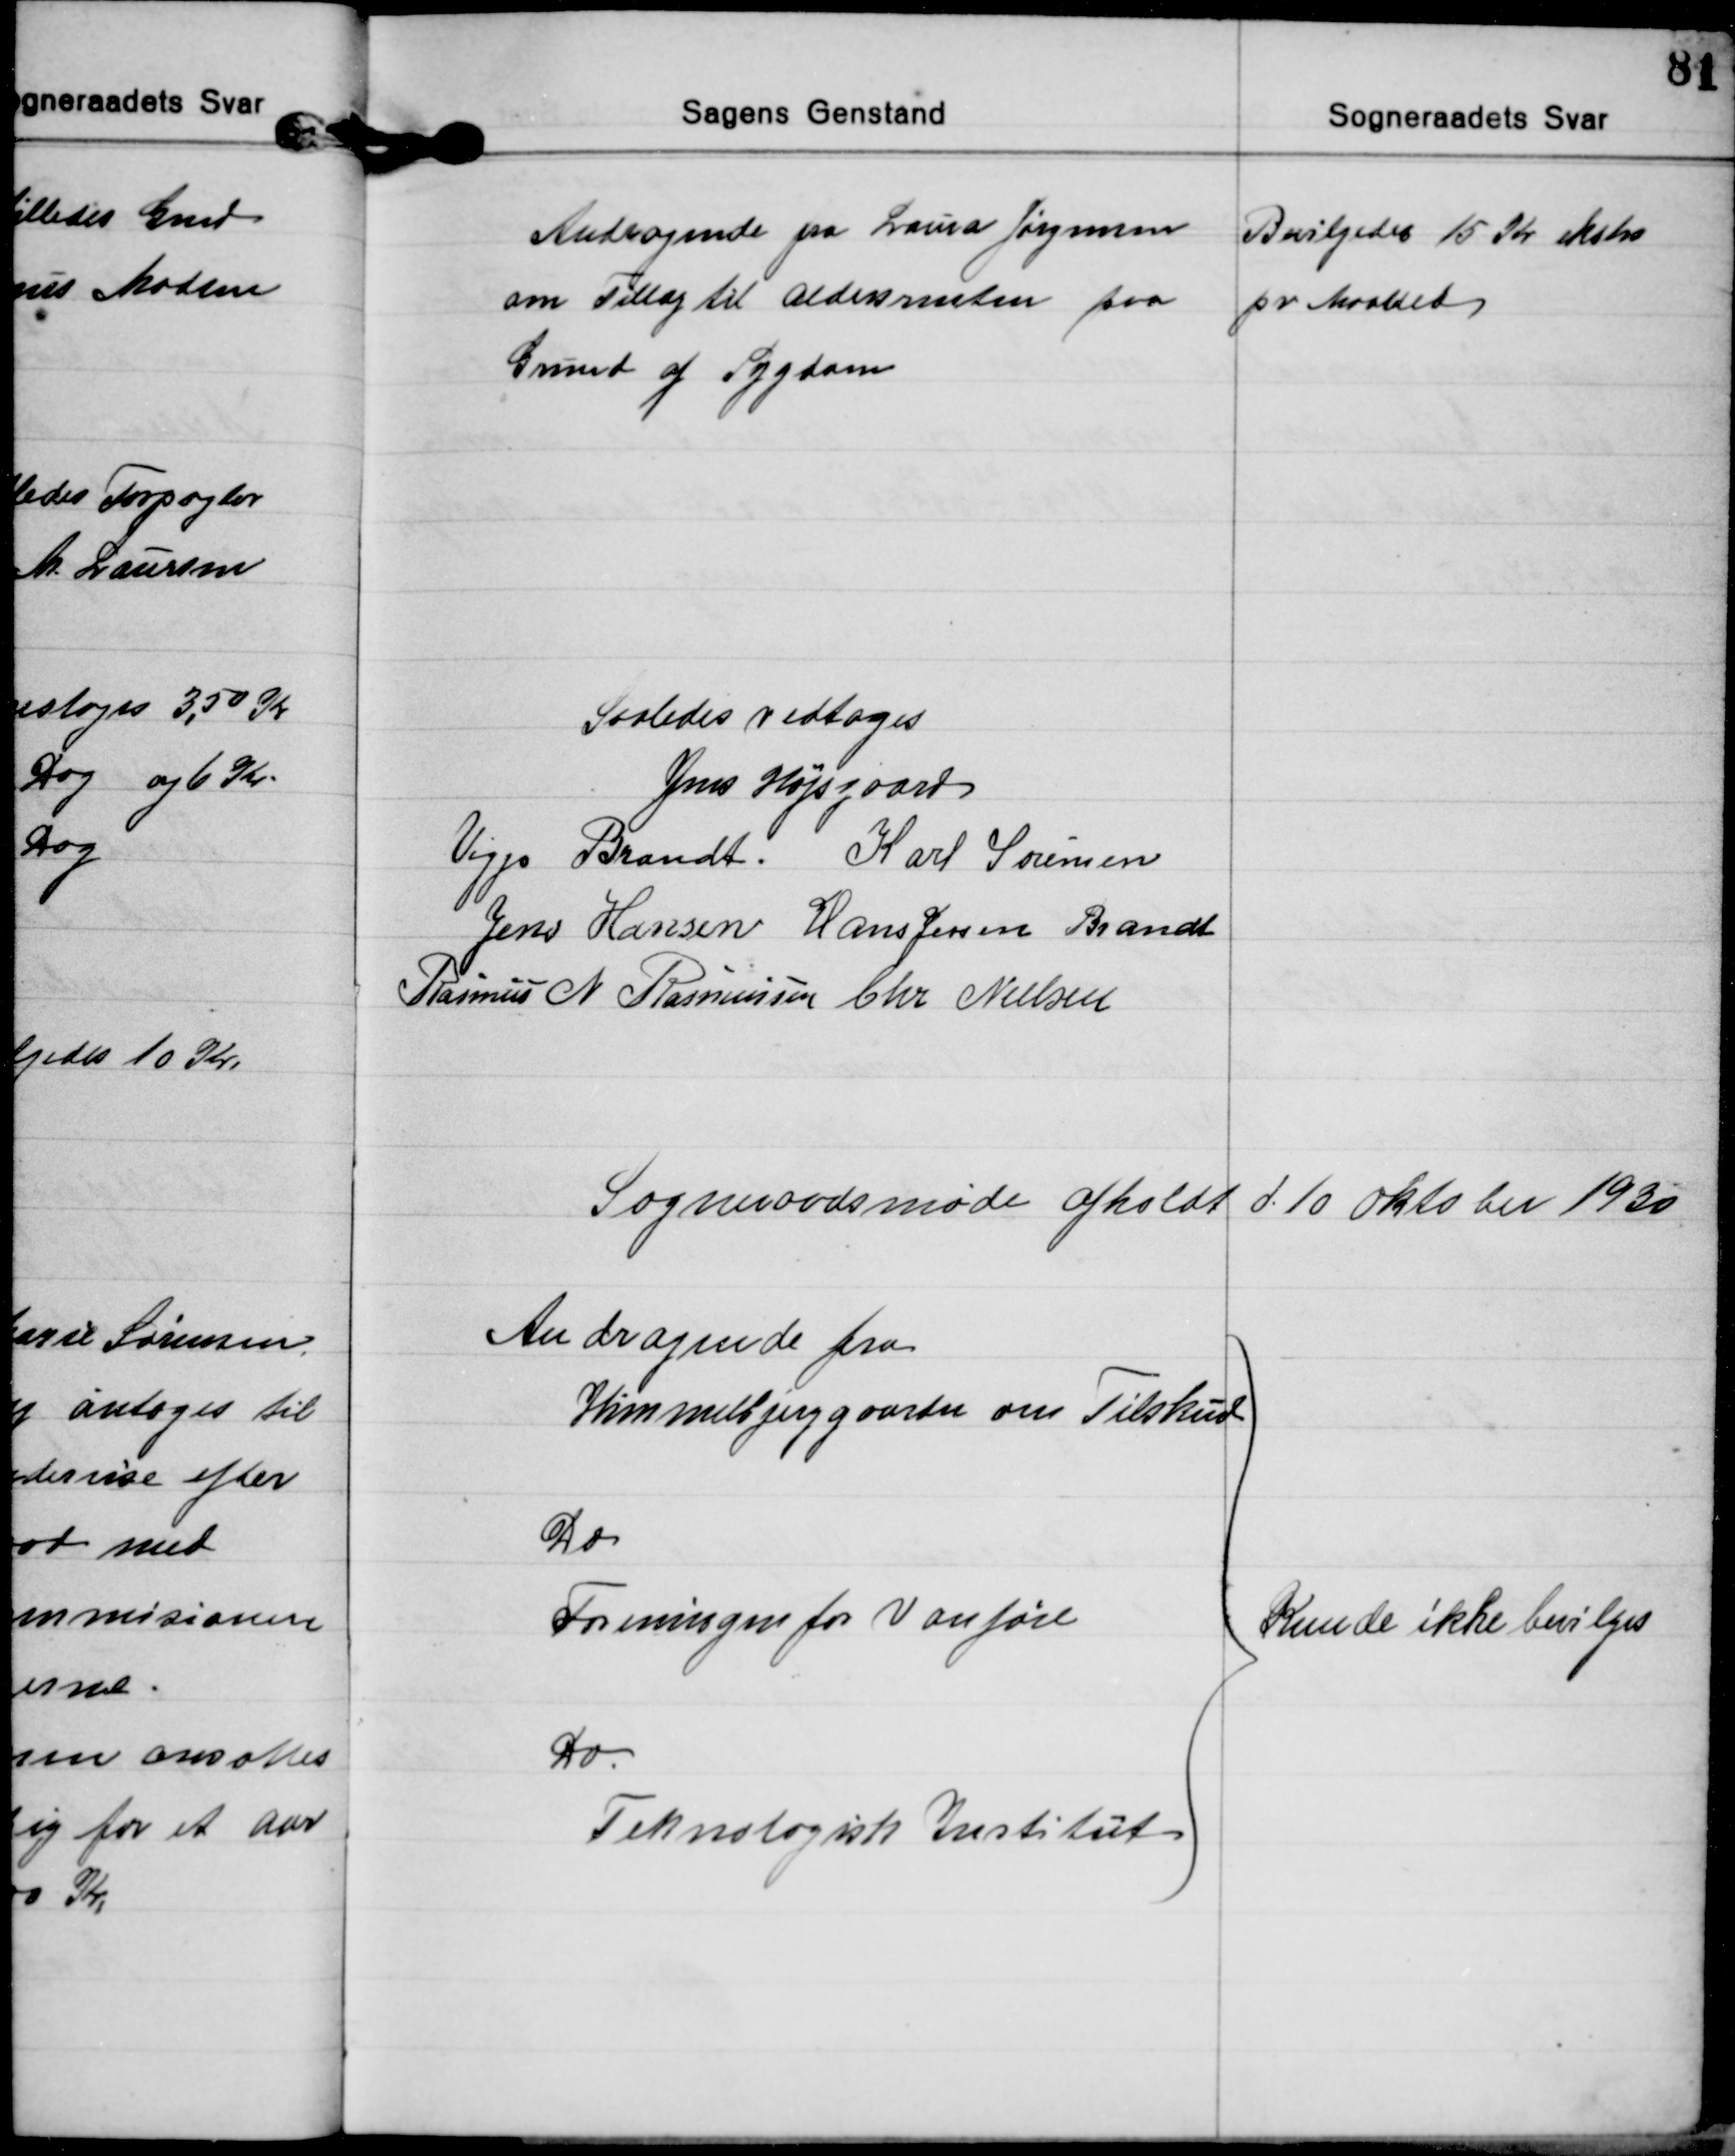
Transskription:
Andragende fra Laura Jørgensen
om Tillæg til Aldersrenten paa
Grund af Sygdom
Bevilgedes 15 Kr ekstra
pr. Maaned

Saaledes vedtoges
Jens Højsgaard
Viggo Brandt Karl Sørensen
Jens Hansen Hans Jessen Brandt
Rasmus N. Rasmussen Chr. Nielsen

Sogneraadsmøde afholdt d. 10 oktober 1930

Andragende fra
Himmelbjerggaarden om Tilskud
Do
Foreningen for Vanføre
Do. 
Teknologisk Institut
Kunde ikke bevilges